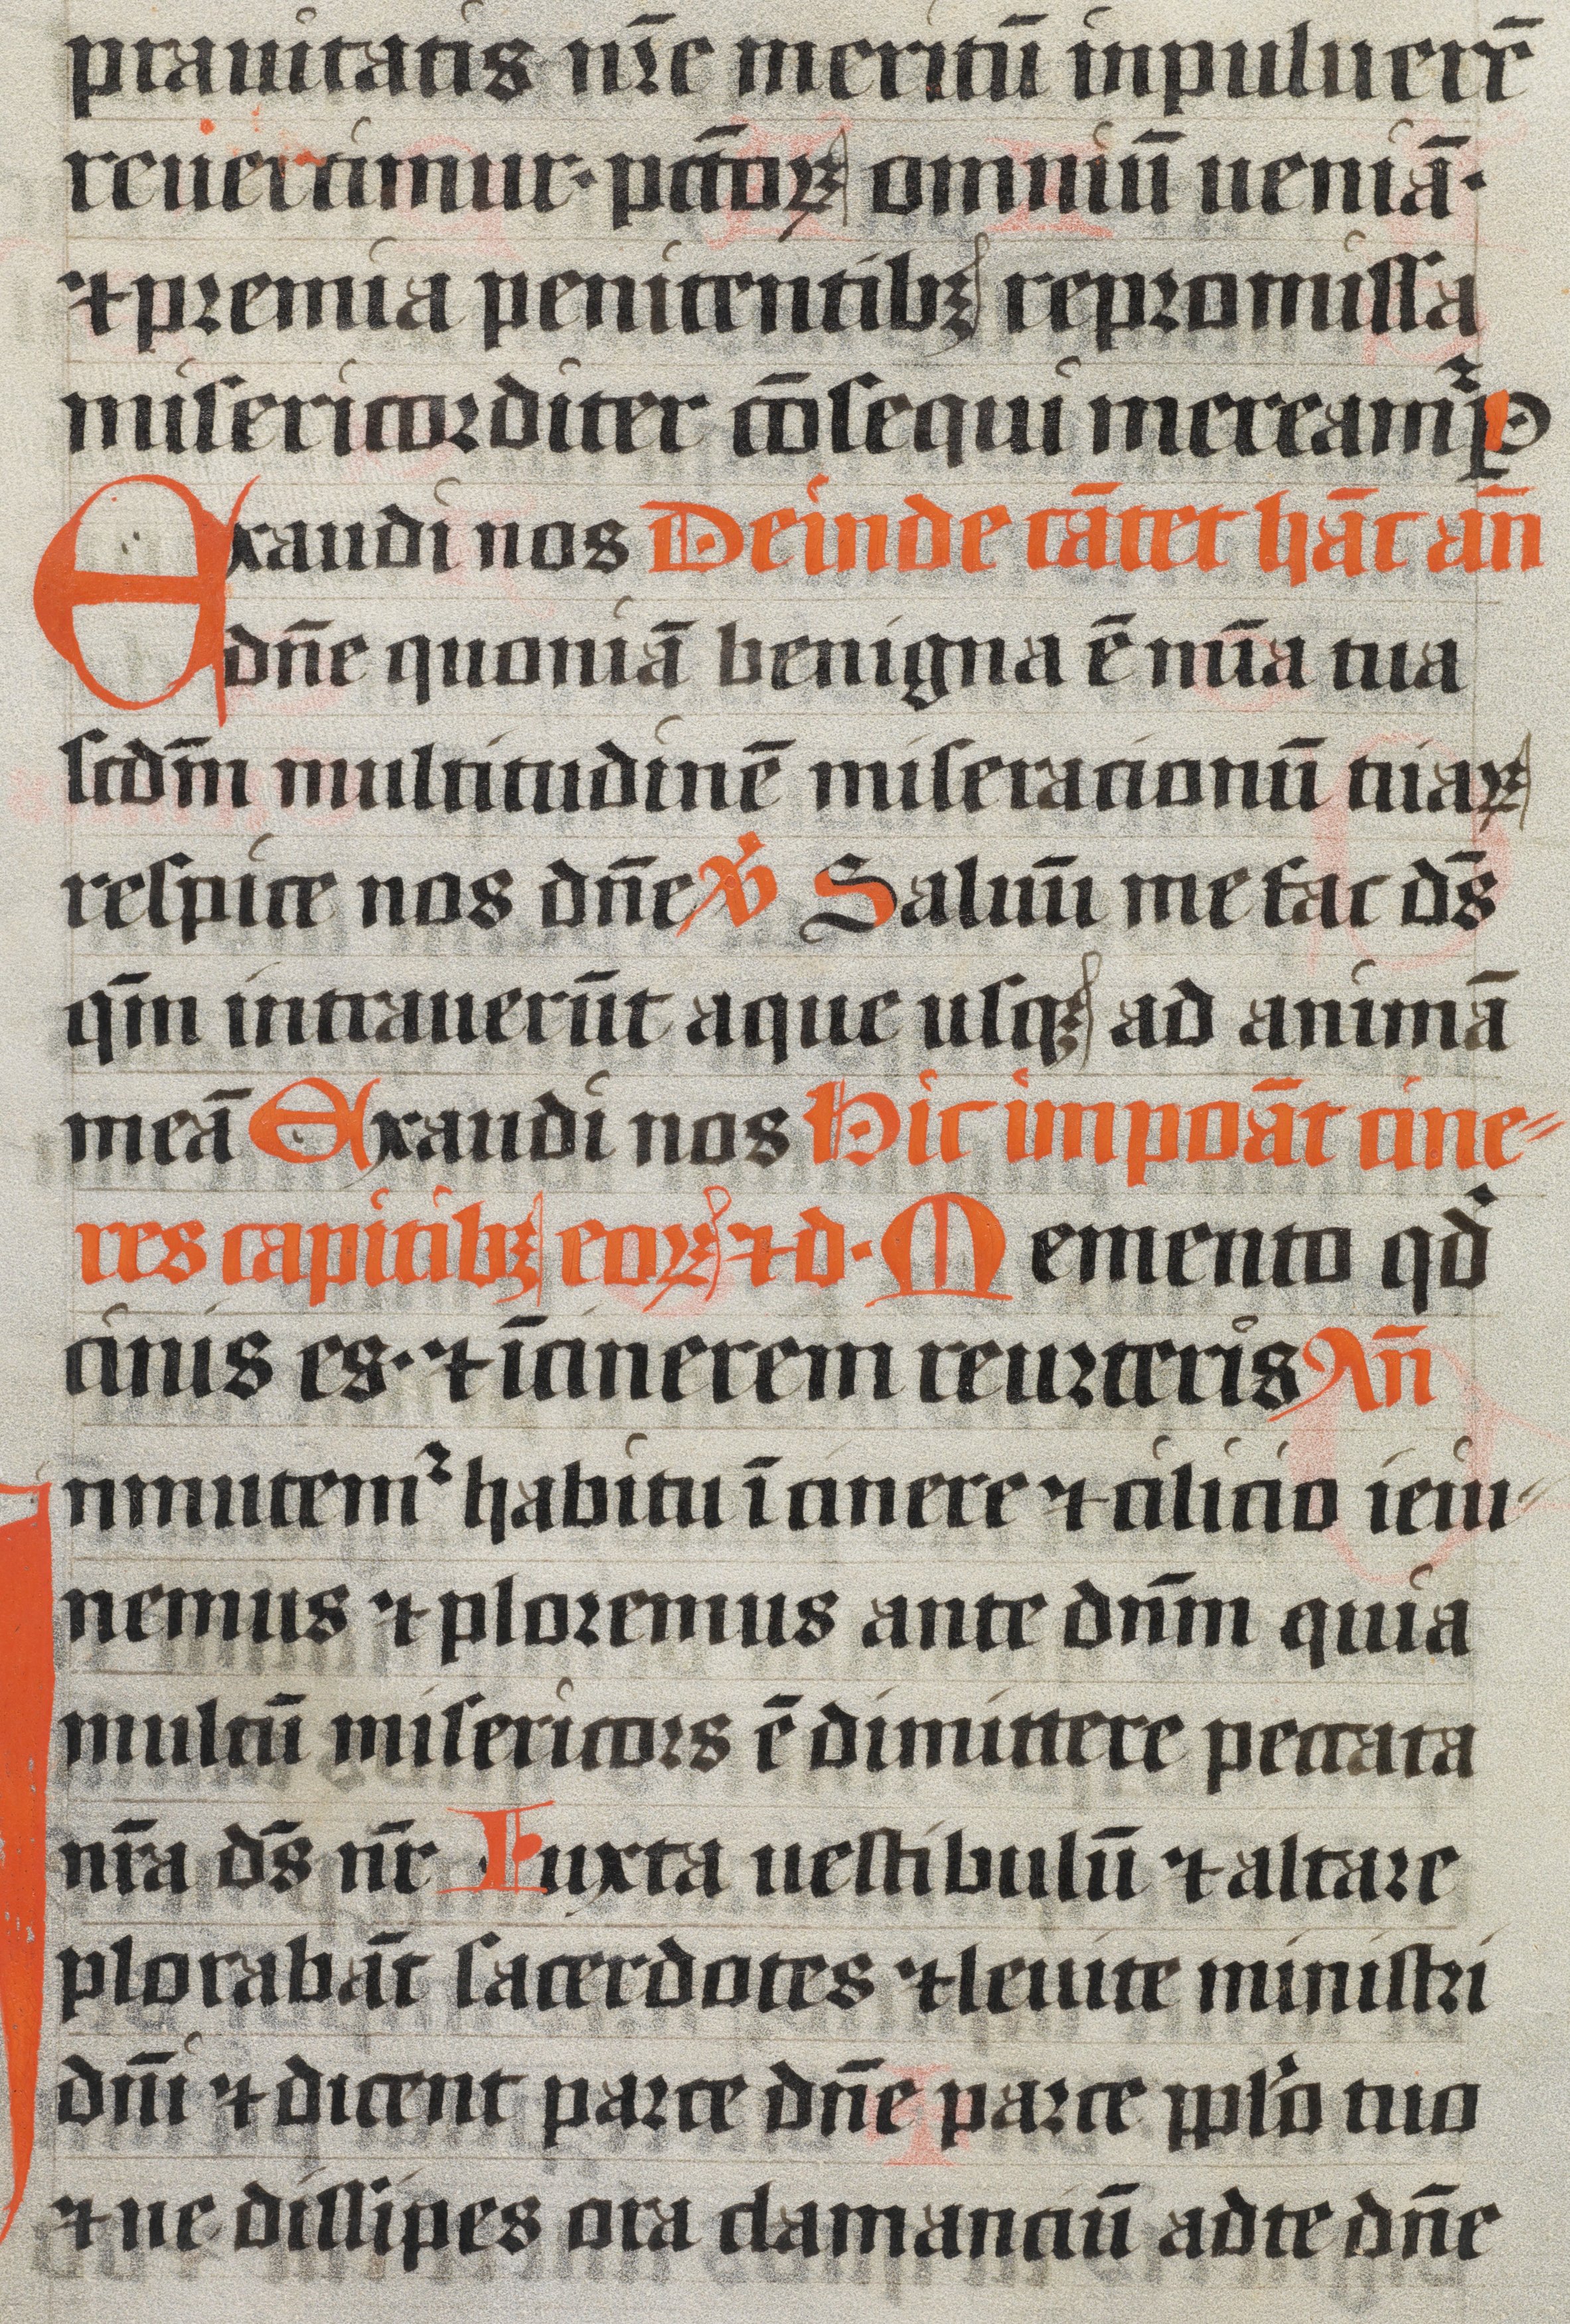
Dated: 1400–1499